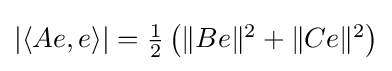
{\textstyle |\langle Ae,e\rangle |={\frac {1}{2}}\left(\|Be\|^{2}+\|Ce\|^{2}\right)}